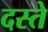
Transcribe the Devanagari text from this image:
दस्‍ते